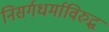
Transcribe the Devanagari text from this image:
निसर्गधर्माविरुद्ध